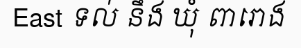
East ទល់ នឹង ឃុំ ពារោង